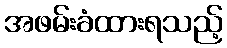
အဖမ်းခံထားရသည့်